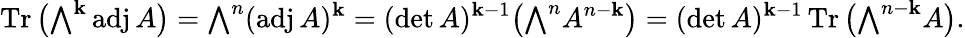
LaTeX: \operatorname{Tr}{\bigl(}{\textstyle\bigwedge}^{\mathbf{k}}\operatorname{adj}A{\bigr)}={\textstyle\bigwedge}^{n}(\operatorname{adj}A)^{\mathbf{k}}=(\operatorname*{det}A)^{\mathbf{k}-1}{\bigl(}{\textstyle\bigwedge}^{n}A^{n-\mathbf{k}}{\bigr)}=(\operatorname*{det}A)^{\mathbf{k}-1}\operatorname{Tr}{\bigl(}{\textstyle\bigwedge}^{n-\mathbf{k}}A{\bigr)}.